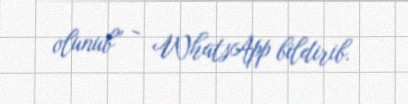
olunub” - WhatsApp bildirib.